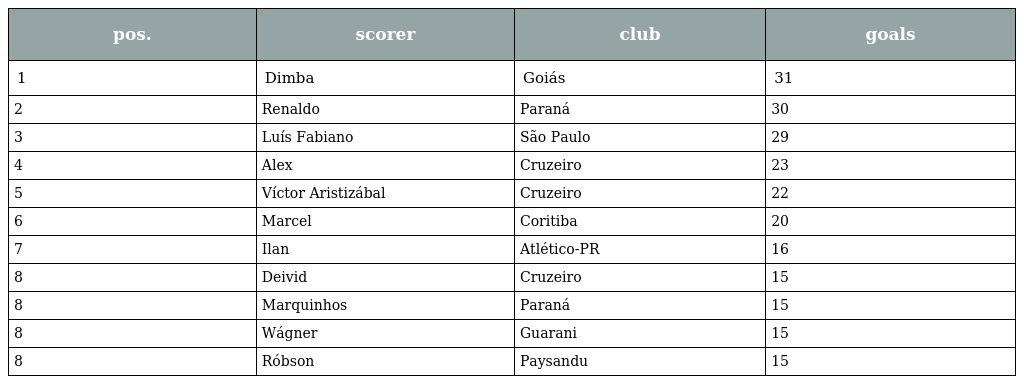
| pos. | scorer | club | goals |
 | --- | --- | --- | --- |
 | 1 | Dimba | Goiás | 31 |
 | 2 | Renaldo | Paraná | 30 |
 | 3 | Luís Fabiano | São Paulo | 29 |
 | 4 | Alex | Cruzeiro | 23 |
 | 5 | Víctor Aristizábal | Cruzeiro | 22 |
 | 6 | Marcel | Coritiba | 20 |
 | 7 | Ilan | Atlético-PR | 16 |
 | 8 | Deivid | Cruzeiro | 15 |
 | 8 | Marquinhos | Paraná | 15 |
 | 8 | Wágner | Guarani | 15 |
 | 8 | Róbson | Paysandu | 15 |